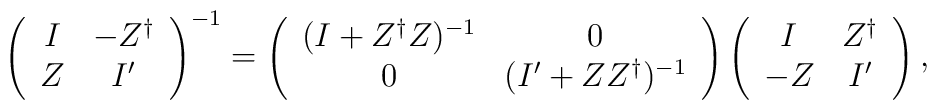
\left(           \begin{array}{cc}               I & -Z^{\dag} \\               Z & I' \\            \end{array}           \right)^{-1}=\left(   \begin{array}{cc}     (I+Z^{\dag}Z)^{-1} & 0 \\     0 & (I'+Z Z^{\dag})^{-1} \\   \end{array} \right)           \left(           \begin{array}{cc}               I & Z^{\dag} \\              -Z & I' \\            \end{array}           \right) ,